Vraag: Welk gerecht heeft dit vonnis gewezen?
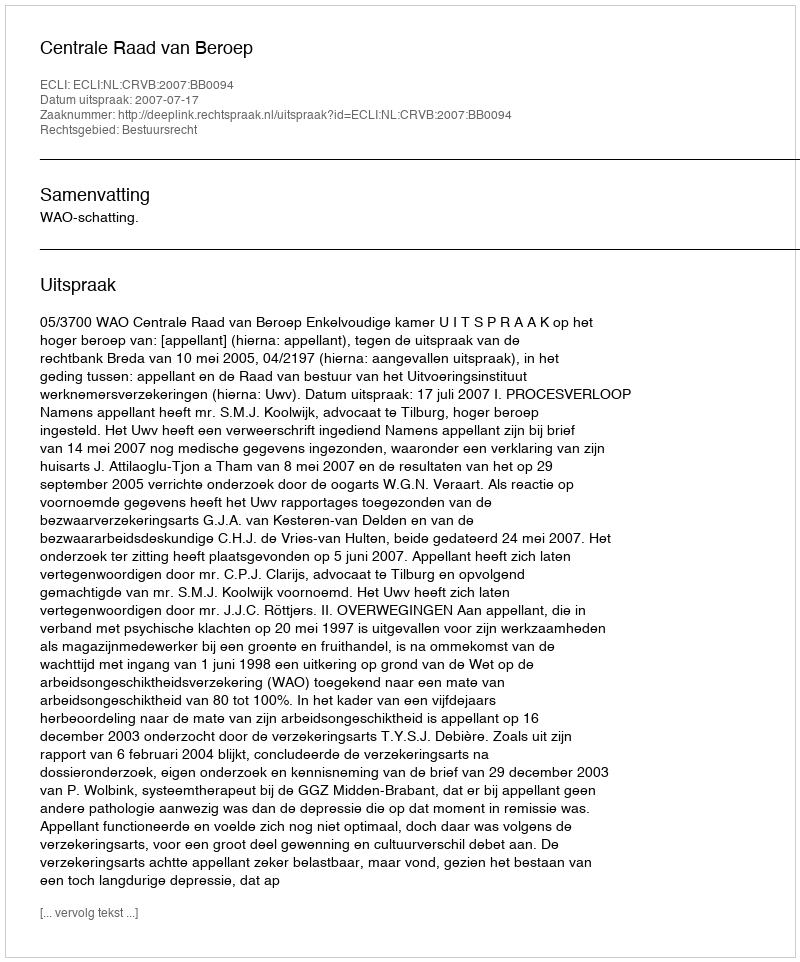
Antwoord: Centrale Raad van Beroep